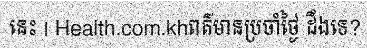
នេះ | Health.com.khពត៌មានប្រចាំថ្ងៃ ដឹងទេ?